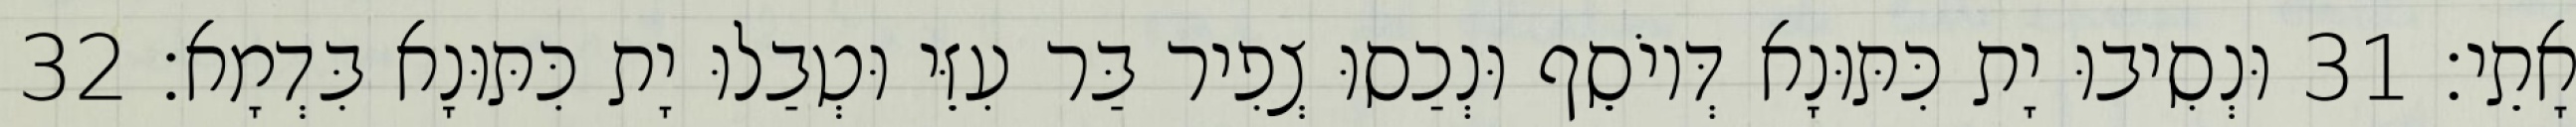
אָתֵי׃ 31 וּנְסִיבוּ יָת כִּתּוּנָא דְּיוֹסֵף וּנְכַסוּ צְפִיר בַּר עִזֵּי וּטְבַלוּ יָת כִּתּוּנָא בִּדְמָא׃ 32